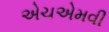
એચએમવી